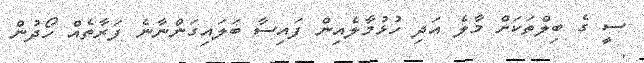
ސީ ގެ ބިލްތަކަށް މާލެ އަދި ހުޅުމާލެއިން ފައިސާ ބަލައިގަންނާނެ ފަރާތެއް ހޯދުން